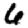
Digit: 6